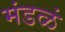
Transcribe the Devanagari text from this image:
मंडळं